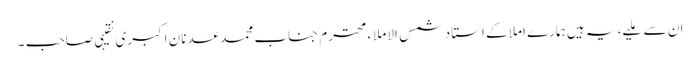
ان سے ملیے، یہ ہیں ہمارے املا کے استاد شمس الاملاء محترم جناب محمد عدنان اکبری نقیبی صاحب ۔